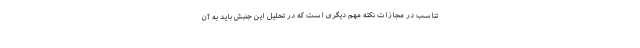
تناسب در مجازات نکته مهم دیگری است که در تحلیل این جنبش باید به آن